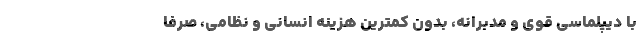
با دیپلماسی قوی و مدبرانه، بدون کمترین هزینه انسانی و نظامی، صرفا